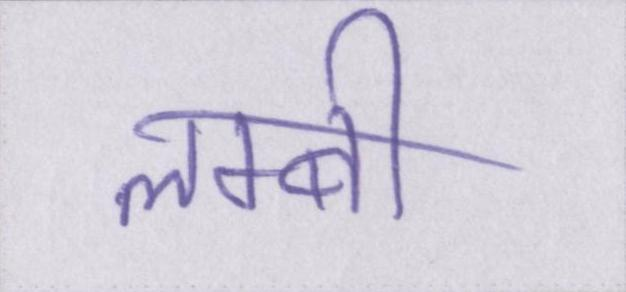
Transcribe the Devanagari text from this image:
लम्बी